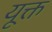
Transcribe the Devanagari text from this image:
यूक्त